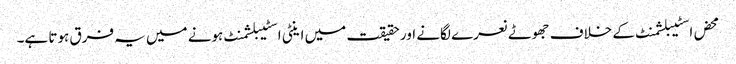
محض اسٹیبلشمنٹ کے خلاف جھوٹے نعرے لگانے اور حقیقت میں اینٹی اسٹیبلشمنٹ ہونے میں یہ فرق ہوتا ہے۔